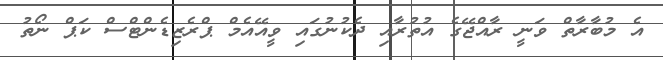
އެ މުބާރާތް ވަނީ ރާއްޖޭގެ އުތުރާއި ދެކުނުގައި ވީއޭއެމް ޕްރެޒިޑެންޓްސް ކަޕް ނޯތު